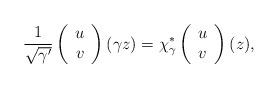
LaTeX: \begin{align*}{1\over\sqrt{\gamma'}}\left(\begin{array}{c} u \\ v \end{array}\right)(\gamma z)=\chi^*_\gamma\left(\begin{array}{c} u \\ v \end{array}\right)(z),\end{align*}